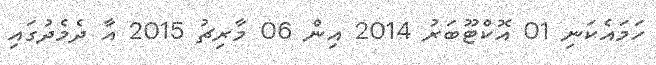
ހަމައެކަނި 01 އޮކްޓޫބަރު 2014 އިން 06 މާރިޗު 2015 އާ ދެމެދުގައި